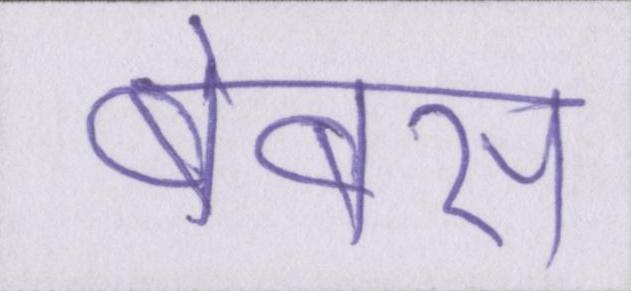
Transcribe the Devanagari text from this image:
बेबस